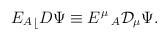
LaTeX: \begin{align*}{{E_{A}}_\lfloor}D\Psi \equiv E^{\mu}\,_{A}{\cal D}_{\mu}\Psi .\end{align*}